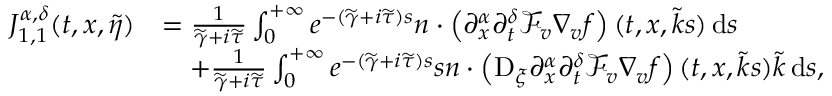
\begin{array} { r l } { J _ { 1 , 1 } ^ { \alpha , \delta } ( t , x , \widetilde { \eta } ) } & { = \frac { 1 } { \widetilde { \gamma } + i \widetilde { \tau } } \int _ { 0 } ^ { + \infty } e ^ { - ( \widetilde { \gamma } + i \widetilde { \tau } ) s } n \cdot \left( \partial _ { x } ^ { \alpha } \partial _ { t } ^ { \delta } \mathcal { F } _ { v } \nabla _ { v } f \right) ( t , x , \widetilde { k } s ) \, \mathrm { d } s } \\ & { \quad + \frac { 1 } { \widetilde { \gamma } + i \widetilde { \tau } } \int _ { 0 } ^ { + \infty } e ^ { - ( \widetilde { \gamma } + i \widetilde { \tau } ) s } s n \cdot \left( \mathrm { D } _ { \xi } \partial _ { x } ^ { \alpha } \partial _ { t } ^ { \delta } \mathcal { F } _ { v } \nabla _ { v } f \right) ( t , x , \widetilde { k } s ) \widetilde { k } \, \mathrm { d } s , } \end{array}